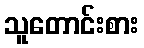
သူတောင်းစား